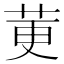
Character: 莄